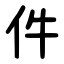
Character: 件